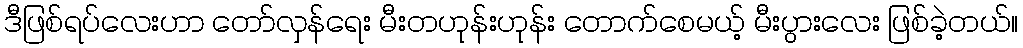
ဒီဖြစ်ရပ်လေးဟာ တော်လှန်ရေး မီးတဟုန်းဟုန်း တောက်စေမယ့် မီးပွားလေး ဖြစ်ခဲ့တယ်။